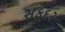
સફદર